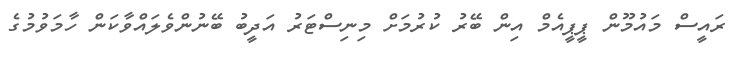
ރައީސް މައުމޫން ޕީޕީއެމް އިން ބޭރު ކުރުމަށް މިނިސްޓަރު އަދީބު ބޭނުންވެލައްވާކަން ހާމަވުމުގެ